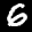
Label: 6